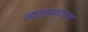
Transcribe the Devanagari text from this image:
व्याकरणास